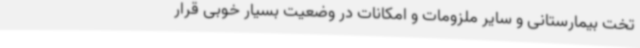
تخت بیمارستانی و سایر ملزومات و امکانات در وضعیت بسیار خوبی قرار